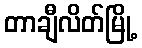
တာချီလိတ်မြို့